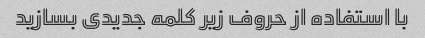
با استفاده از حروف زیر کلمه جدیدی بسازید